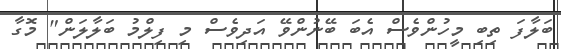
ބަލާފަ ތިބި މީހުންވެސް އެބަ ބޭނުންވޭ އަދިވެސް މި ފިލްމު ބަލާލަން" މޮގާ